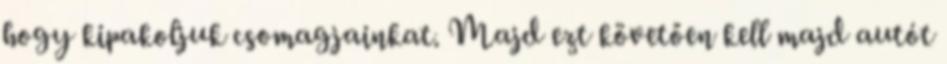
hogy kipakoljuk csomagjainkat. Majd ezt követően kell majd autót